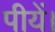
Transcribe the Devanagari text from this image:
पीयें।